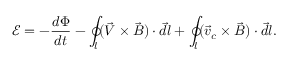
{ \mathcal E } = - \frac { d \Phi } { d t } - \oint _ { l } ( \vec { V } \times \vec { B } ) \cdot \vec { d l } + \oint _ { l } ( \vec { v } _ { c } \times \vec { B } ) \cdot \vec { d l } .